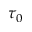
\tau _ { 0 }